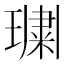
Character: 𭹲